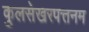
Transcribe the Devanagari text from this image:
कुलसेखरपत्तनम